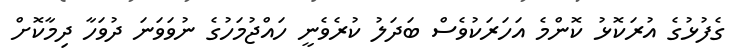
ގެފުޅުގެ އުރަކޮޅު ކޮންމެ އަހަރަކުވެސް ބަދަލު ކުރެވެނީ ހައްޖުމަހުގެ ނުވަވަނަ ދުވަހާ ދިމާކޮށް